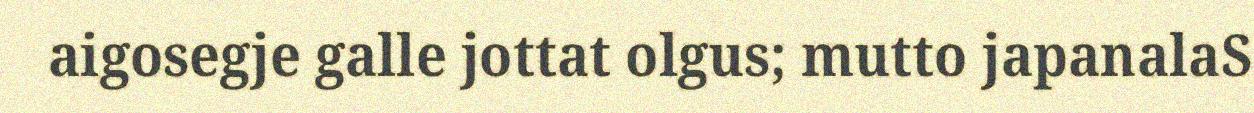
aigosegje galle jottat olgus; mutto japanalaS